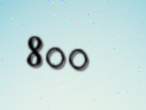
800